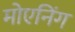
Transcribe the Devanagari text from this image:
मोएनिंग